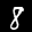
Label: 8